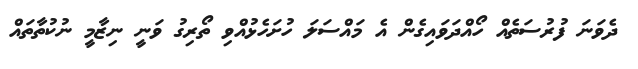
ދެވަނަ ފުރުސަތެއް ހޯއްދަވައިގެން އެ މައްސަލަ ހުށަހެޅުއްވި ތޯރިގު ވަނީ ނިޒާމީ ނުކުތާތައް